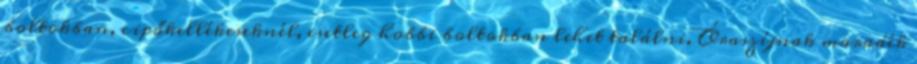
boltokban, cipőkellékeseknél, esetleg hobbi boltokban lehet találni. Óraszíjnak maradék